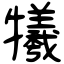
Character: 犧